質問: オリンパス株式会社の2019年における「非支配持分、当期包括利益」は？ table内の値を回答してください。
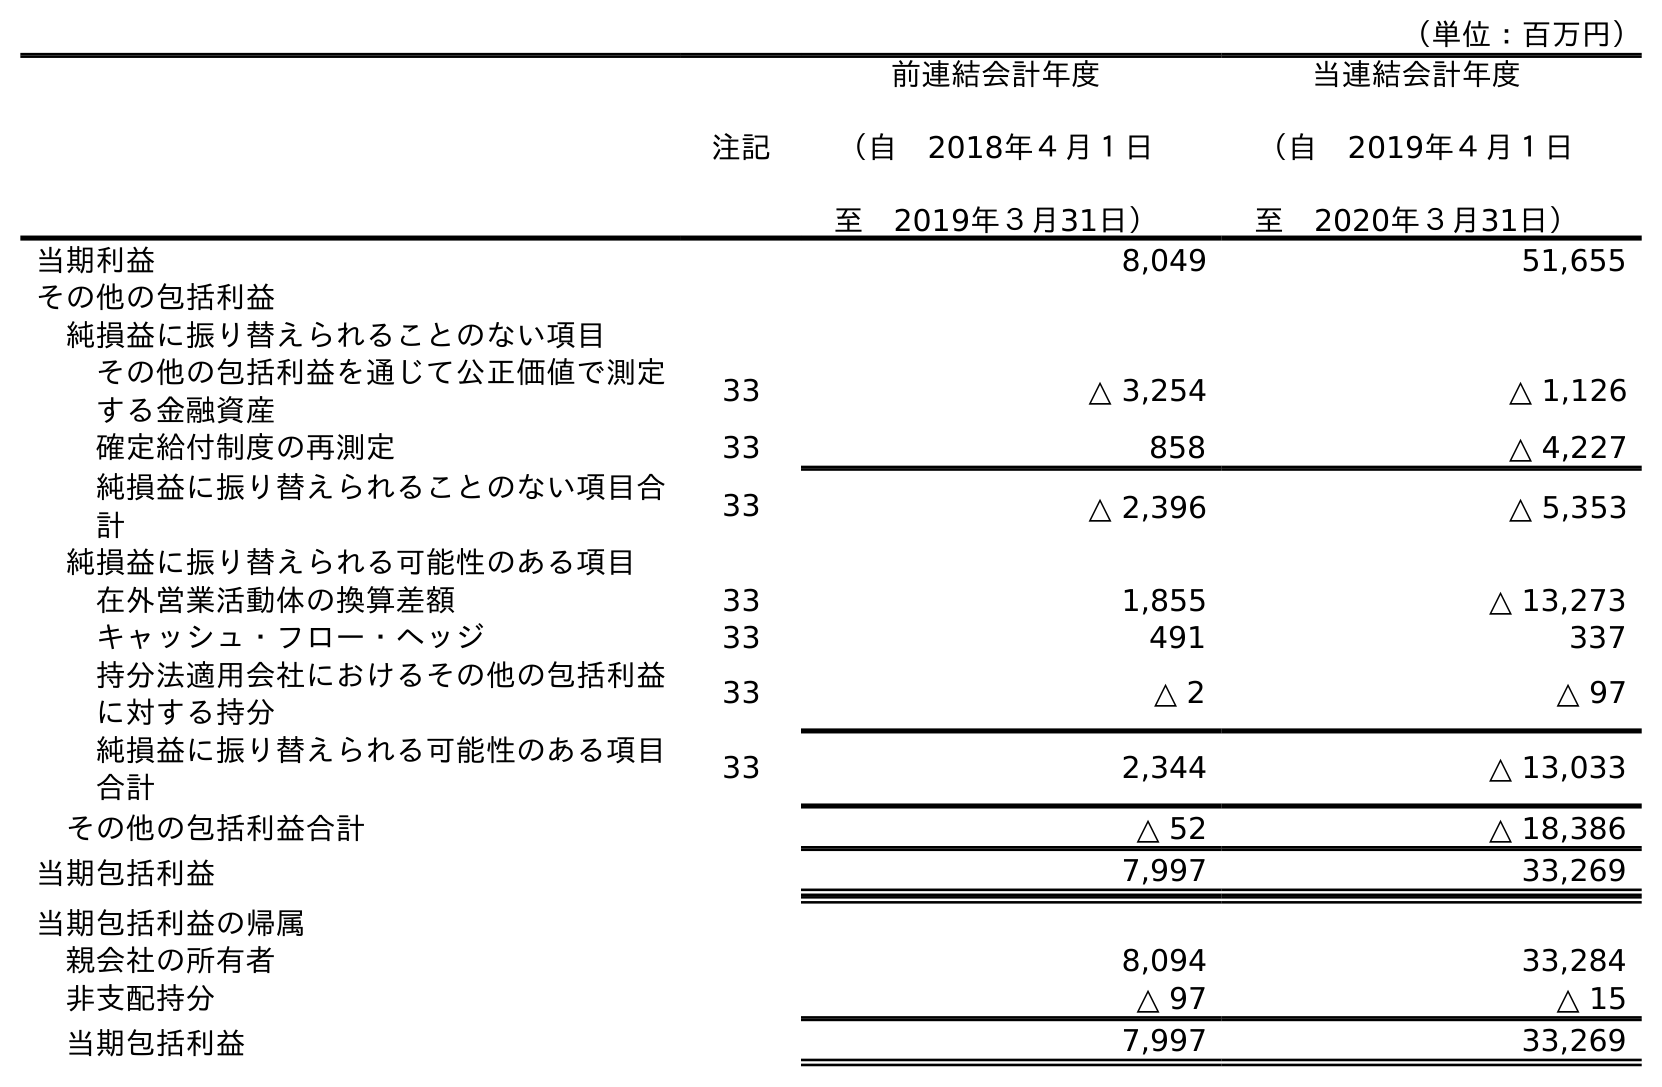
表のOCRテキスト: （単位：百万円） 注記 前連結会計年度 （自 2018年４月１日 至 2019年３月31日） 当連結会計年度 （自 2019年４月１日 至 2020年３月31日） 当期利益 8,049 51,655 その他の包括利益 純損益に振り替えられることのない項目 その他の包括利益を通じて公正価値で測定 する金融資産 33 △ 3,254 △ 1,126 確定給付制度の再測定 33 858 △ 4,227 純損益に振り替えられることのない項目合 計 33 △ 2,396 △ 5,353 純損益に振り替えられる可能性のある項目 在外営業活動体の換算差額 33 1,855 △ 13,273 キャッシュ・フロー・ヘッジ 33 491 337 持分法適用会社におけるその他の包括利益 に対する持分 33 △ 2 △ 97 純損益に振り替えられる可能性のある項目 合計 33 2,344 △ 13,033 その他の包括利益合計 △ 52 △ 18,386 当期包括利益 7,997 33,269 当期包括利益の帰属 親会社の所有者 8,094 33,284 非支配持分 △ 97 △ 15 当期包括利益 7,997 33,269
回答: △97